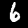
Digit: 6